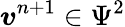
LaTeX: \boldsymbol{v}^{n+1}\in\Psi^{2}